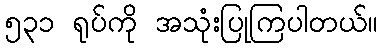
၅၃၁ ရုပ်ကို အသုံးပြုကြပါတယ်။